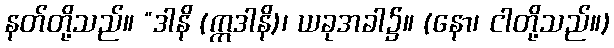
နတ်တို့သည်။ “ဒါနိ (ဣဒါနိ)၊ ယခုအခါ၌။ (နော၊ ငါတို့သည်။)